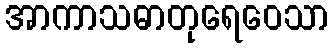
အာကာသဓာတုရေဝေသာ